Calcutta medical institutions reports 1871-78
Year: 1871
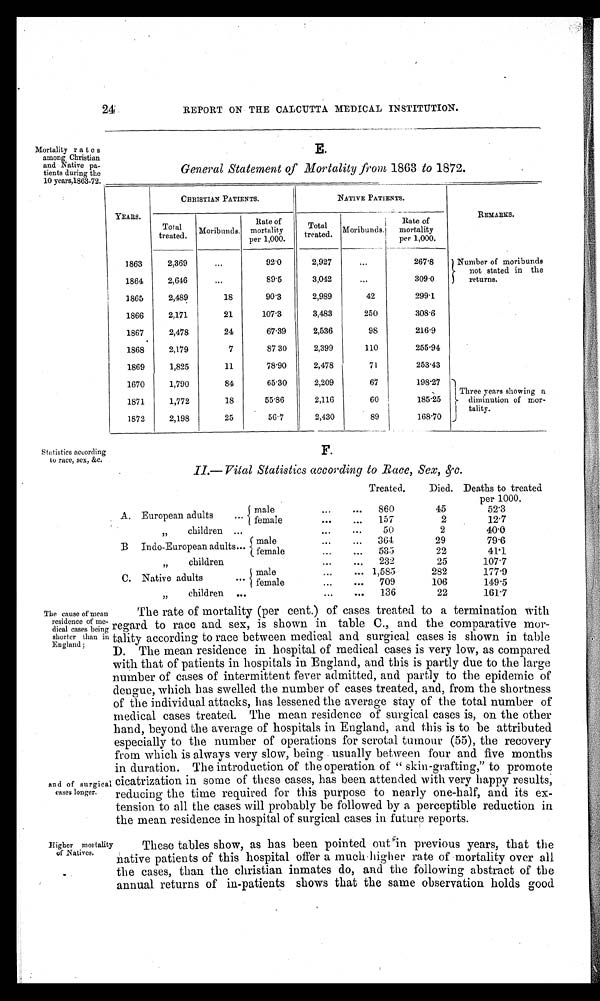
24
REPORT ON THE CALCUTTA MEDICAL INSTITUTION.
E.
General Statement of Mortality from 1863 to 1872.
YEARS.
CHRISTIAN PATIENTS.
NATIVE PATIENTS.
REMARKS.
Total
treated. Moribunds.
Rate of
mortality
per 1,000.
Total
treated. Moribunds.
Rate of
mortality
per 1,000.
1863
2,369
...
92.0
2,927
...
267.8
Number of moribunds
not stated in the
returns.
1864
2,646
...
89.5
3,042
...
309.0
1865
2,489
18
90.3
2,989
42
299.1
1866
2,171
21
107.3
3,483
250
308.6
1867
2,478
24
67.39
2,536
98
216.9
1868
2,179
7
87.30
2,399
110
255. 94
1869
1,825
11
78.90
2,478
71
253.43
1670
1,790
84
65.30
2,209
67
198.27
Three years showing a
diminution of mor-
tality.
1871
1,772
18
55.86
2,116
60
1 8 5 . 2 5
1872
2,198
25
56.7
2,430
89
168.70
Statistics according
to race, sex, &c.
II.— Vital Statistics according to Race, Sex, &c.
A. European adults
. . . male
female
...
...
Treated.
860
Died.
45
Deaths to treated
per 1000.
52.3
...
. . . 157
2
12.7
" c h i l d r e n
. . .
7)
. . .
...
50
2
40.0
B Indo-European adults...
m a l e
f e m a l e
. . .
... 364
29
79.6
...
...
... 535
22
41-1
" children
. . .
..., 232
25
107.7
C. Native adults
. . . male
female
. . .
... 1,585
282
177.9
. . .
. . . 709
106
149.5
" c h i l d r e n
. . .
...
... 136
22
161.7
Mortality rates
among Christian
and Native pa.
tients during the
10 years,1863-72.
F.
The cause of mean
residence of me-
dical cases being
shorter than in
England ;
and of surgical
cases longer.
The rate of mortality (per cent.) of cases treated to a termination with
regard to race and sex, is shown in table C., and the comparative mor-
tality according to race between medical and surgical cases is shown in table
D. The mean residence in hospital of medical cases is very low, as compared
with that of patients in hospitals in England, and this is partly due to the large
number of cases of intermittent fever admitted, and partly to the epidemic of
dengue, which has swelled the number of cases treated, and, from the shortness
of the individual attacks, has lessened the average stay of the total number of
medical cases treated. The mean residence of surgical cases is, on the other
hand, beyond the average of hospitals in England, and this is to be attributed
especially to the number of operations for scrotal tumour (55), the recovery
from which is always very slow, being usually between four and five months
in duration. The introduction of the operation of "skin-grafting," to promote
cicatrization in some of these cases, has been attended with very happy results,
reducing the time required for this purpose to nearly one-half, and its ex-
tension to all the cases will probably be followed by a perceptible reduction in
the mean residence in hospital of surgical cases in future reports.
Hi gher mort al i t y
of Natives.
These tables show, as has been pointed out in previous years, that the
native patients of this hospital offer a much higher rate of mortality over all
the cases, than the christian inmates do, and the following abstract of the
annual returns of in-patients shows that the same observation holds good